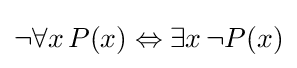
\lnot \forall x\,P(x)\Leftrightarrow \exists x\,\lnot P(x)